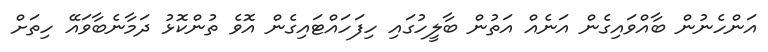
އަންހެނުން ބާއްވައިގެން އަނެއް އަތުން ބާލީހުގައި ހިފަހައްޓައިގެން އޮވެ ތުންކޮޅު ދަމާނެބާވައޭ ހިތަށް